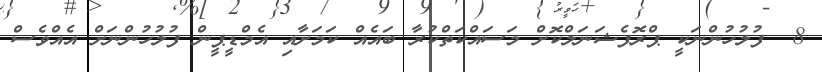
8  ފުލުހުންނަކީ ޕްރޮފެޝަނަލްކޮށް މަސައްކަތްކުރާ ބައެއް ކަމަށާއި އެމްޑީޕީން ފުލުހުންނަށް އެއްވެސް